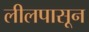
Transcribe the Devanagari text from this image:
लीलपासून